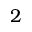
2